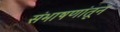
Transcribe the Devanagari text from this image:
संभाषणांतून